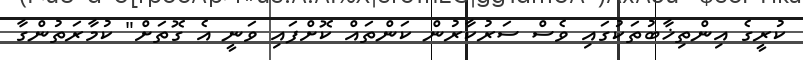
ކުރީގެ އިންތިޚާބުތަކުގައި ވެސް ސަރުކާރުން ކަންތައް ކޮށްފައި ވަނީ އެ ގޮތަށް" ކުމާރަތުންގާ